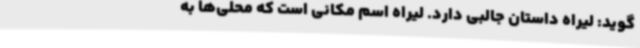
‌گوید: لیراه داستان جالبی دارد. لیراه اسم مکانی است که محلی‌ها به